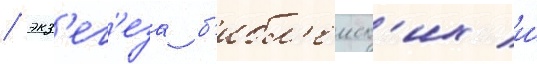
/ экз'ег'еза б'ибл'еиск'их и́